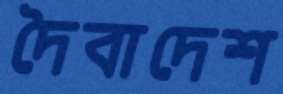
দৈবাদেশ